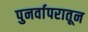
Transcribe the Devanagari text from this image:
पुनर्वापरातून